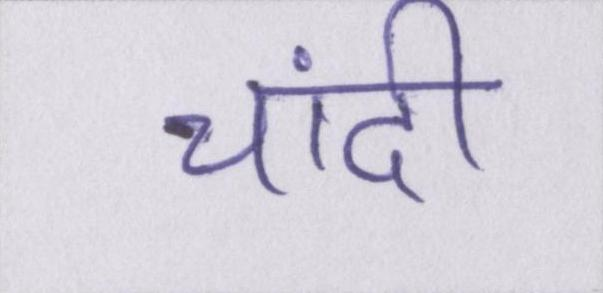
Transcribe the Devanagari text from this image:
चांदी